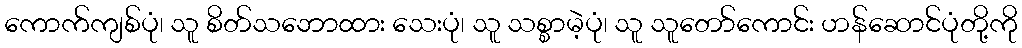
ကောက်ကျစ်ပုံ၊ သူ စိတ်သဘောထား သေးပုံ၊ သူ သစ္စာမဲ့ပုံ၊ သူ သူတော်ကောင်း ဟန်ဆောင်ပုံတို့ကို